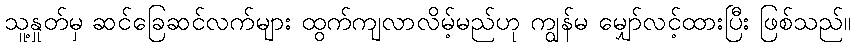
သူ့နှုတ်မှ ဆင်ခြေဆင်လက်များ ထွက်ကျလာလိမ့်မည်ဟု ကျွန်မ မျှော်လင့်ထားပြီး ဖြစ်သည်။